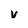
Character: v